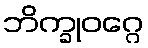
ဘိက္ခုဝဂ္ဂေ